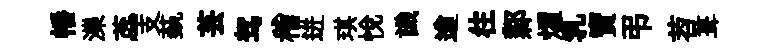
幡濼蕊支蓺芸驾稽迸琪悦識遒往鄴燿乳寳弔苕葺